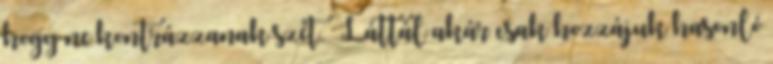
hogy ne kontrázzanak szét. Láttál akár csak hozzájuk hasonló